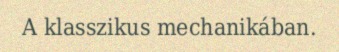
A klasszikus mechanikában.